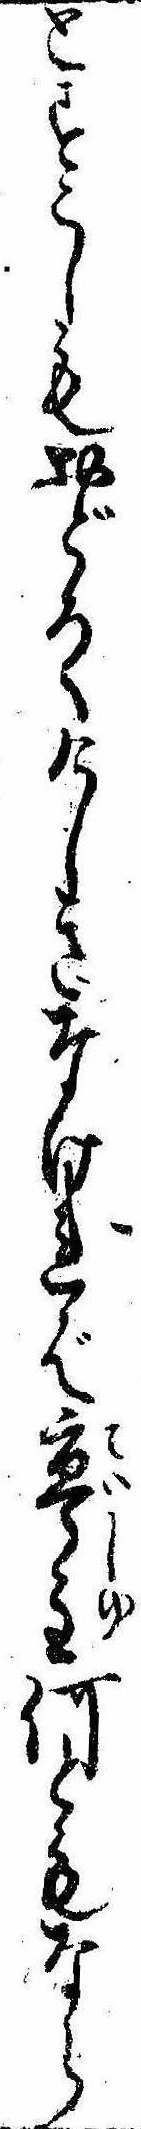
とすこしもおどろくけしきなければ亭主何ともなら